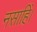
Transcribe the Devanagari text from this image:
नसाहिं।